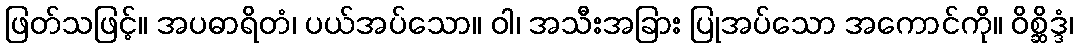
ဖြတ်သဖြင့်။ အပဓာရိတံ၊ ပယ်အပ်သော။ ဝါ၊ အသီးအခြား ပြုအပ်သော အကောင်ကို။ ဝိစ္ဆိဒ္ဒံ၊